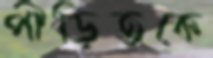
পীড়িতকে